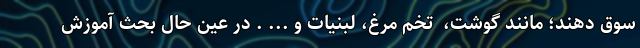
سوق دهند؛ مانند گوشت، ‌ تخم مرغ، لبنیات و ... . در عین حال بحث آموزش